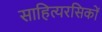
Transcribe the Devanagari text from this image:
साहित्यरसिकों